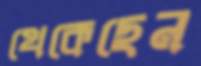
থেকেছেন